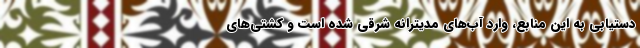
دستیابی به این منابع، وارد آب‌های مدیترانه شرقی شده است و کشتی‌های